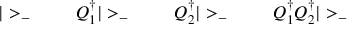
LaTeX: | > _ { - } \; \qquad Q _ { 1 } ^ { \dagger } | > _ { - } \; \qquad Q _ { 2 } ^ { \dagger } | > _ { - } \; \qquad Q _ { 1 } ^ { \dagger } Q _ { 2 } ^ { \dagger } | > _ { - }